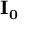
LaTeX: \mathbf { I _ { 0 } }